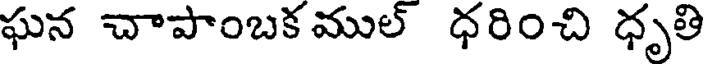
ఘన చాపాంబక ముల్ ధరించి ధృతి